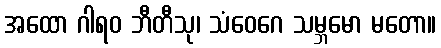
အထော ဂါရဝ ဘီတီသု၊ သံဝေဂေ သမ္ဘမော မတော။